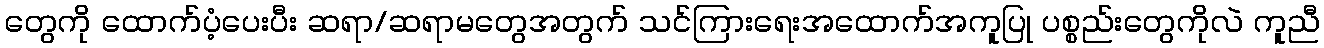
တွေကို ထောက်ပံ့ပေးပီး ဆရာ/ဆရာမတွေအတွက် သင်ကြားရေးအထောက်အကူပြု ပစ္စည်းတွေကိုလဲ ကူညီ